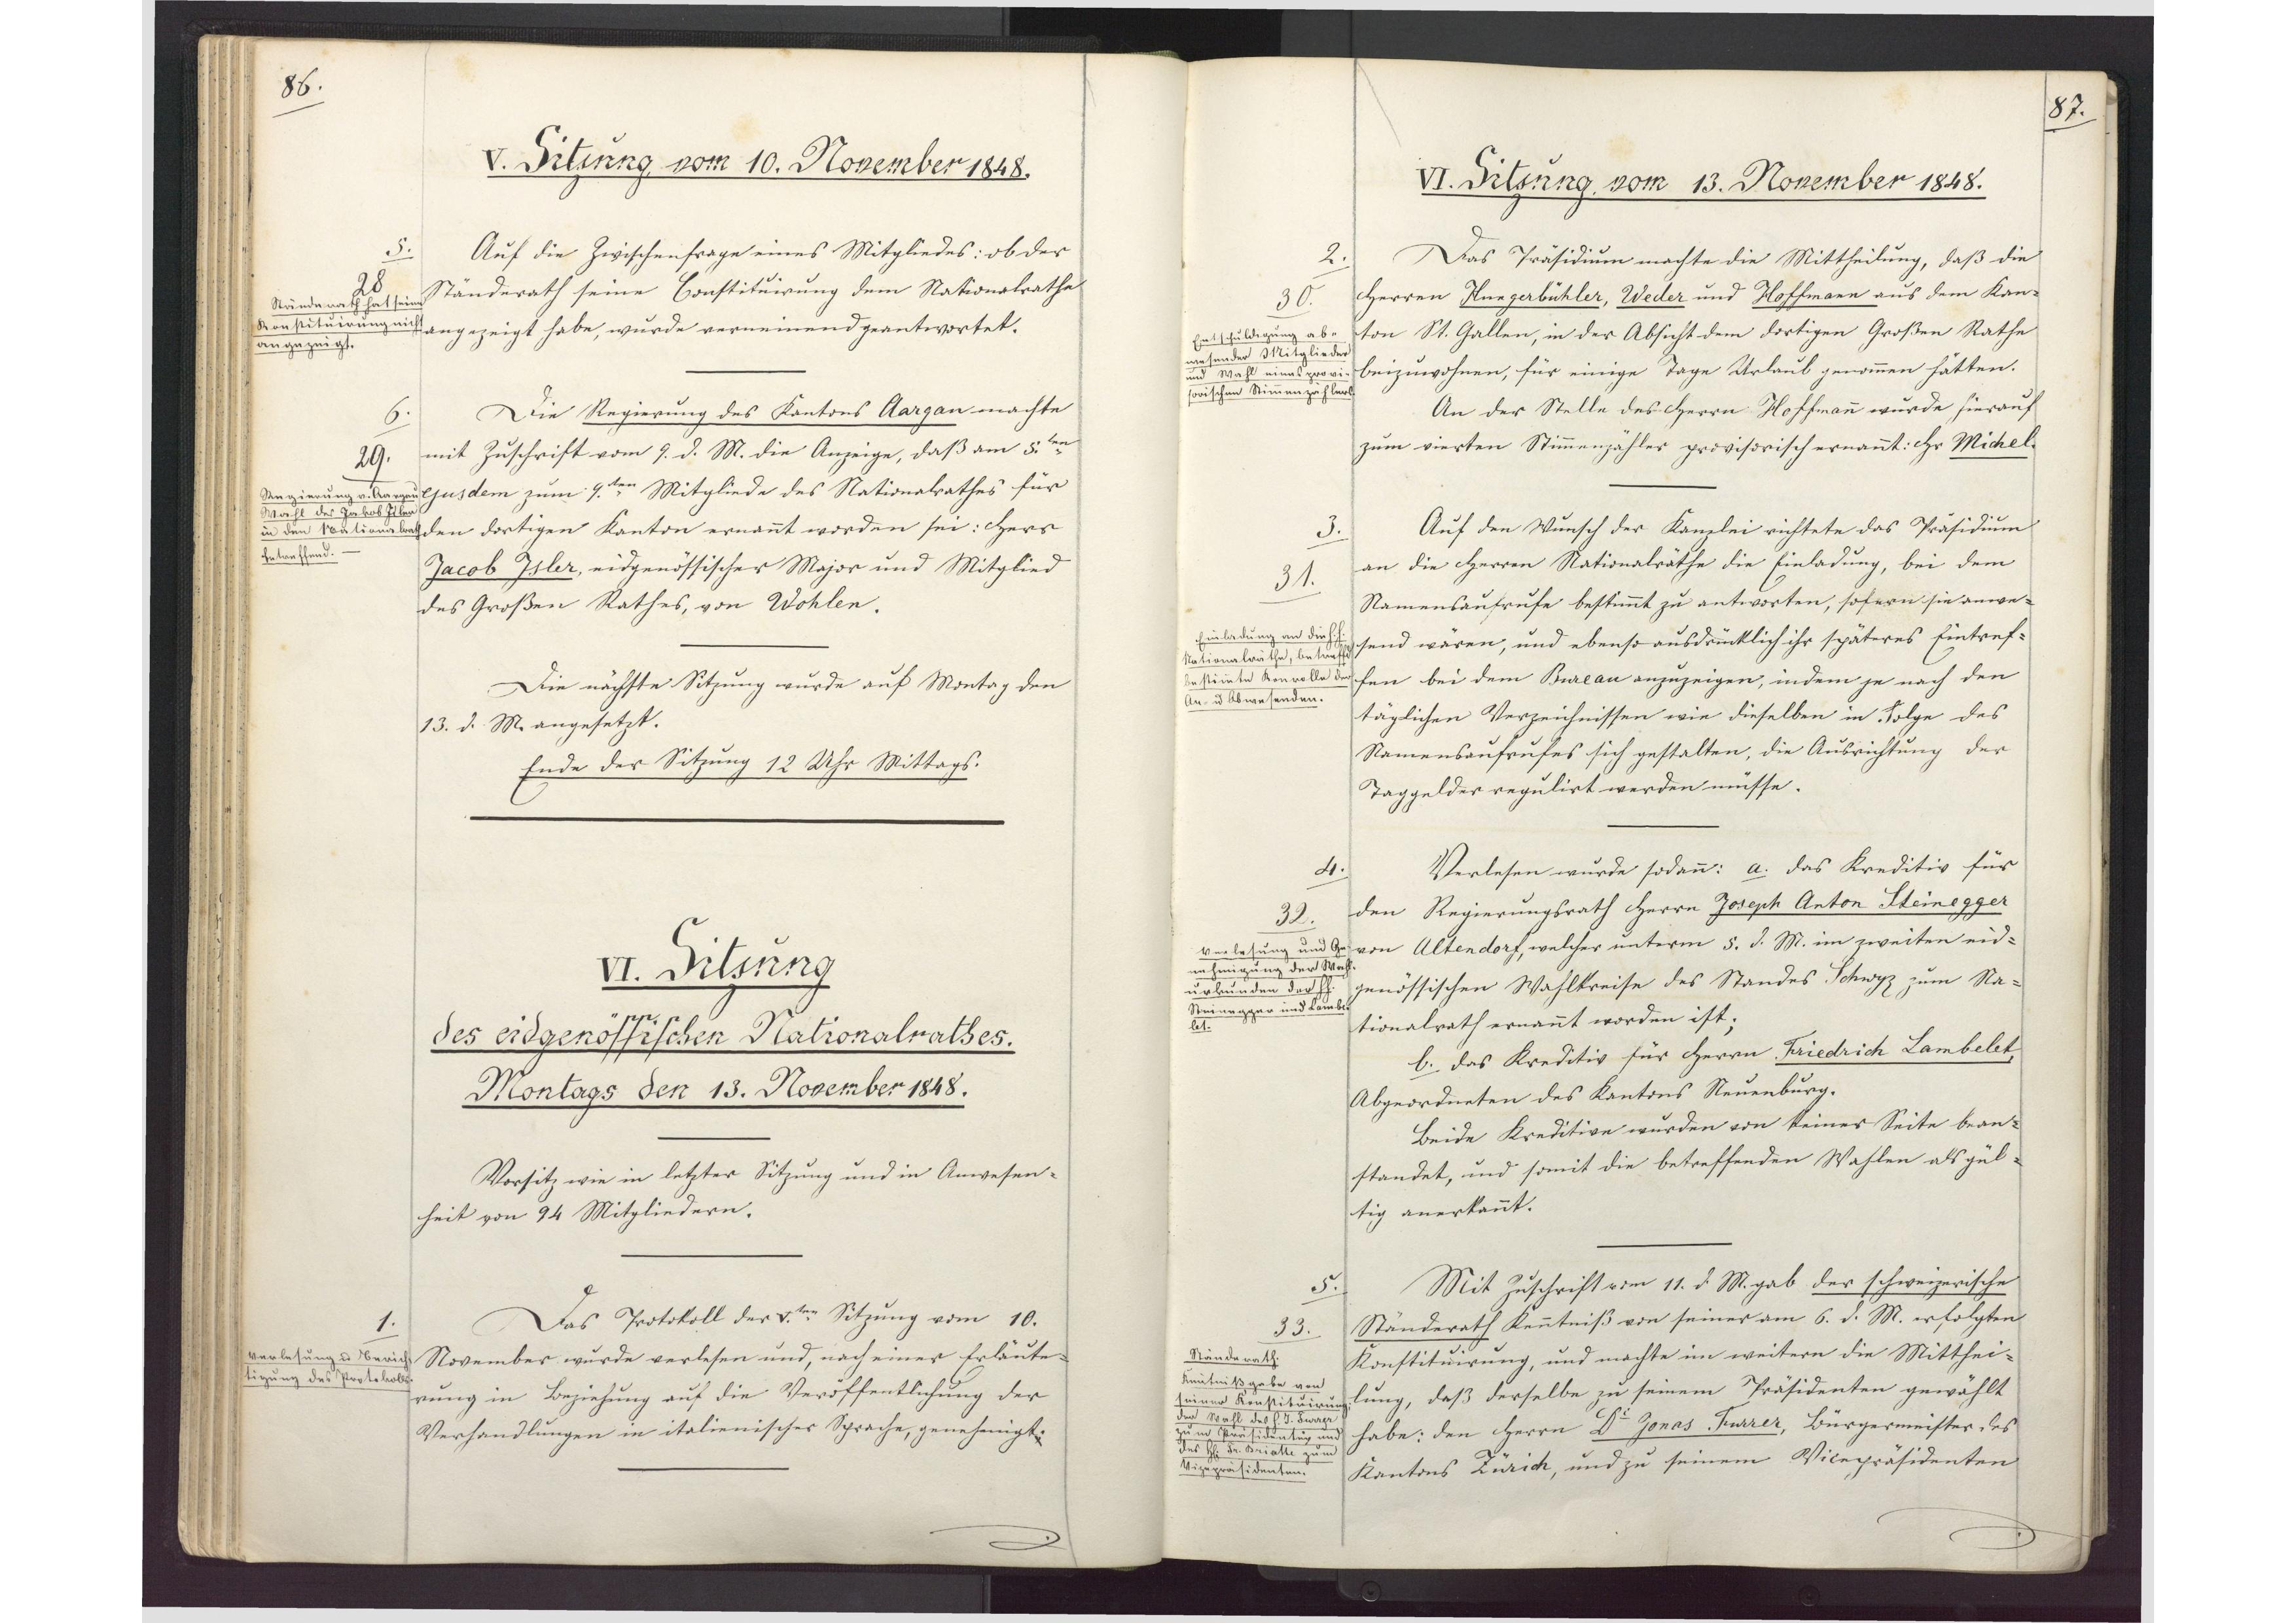
86.

VI. Sitzung
des eidgenössischen Nationalrathes.
Montags den 13. November 1848.

Vorsitz wie in letzter Sitzung und in Anwesen¬
heit von 94 Mitgliedern.
Das Protokoll der V.ten Sitzung vom 10.
November wurde verlesen und, nach einer Erläute¬
rung in Beziehung auf die Veröffentlichung der
Verhandlungen in italienischer Sprache, genehmigt.

1
Verlesung und Berich¬
tigung des Protokolls.

87.

VI. Sitzung, vom 13. November 1848.

Das Präsidium machte die Mittheilung, daß die
Herren Hungerbühler, Weder und Hoffmann aus dem Kan¬
ton St. Gallen, in der Absicht dem dortigen Großen Rathe
beizuwohnen, für einige Tage Urlaub genommen hätten.
An der Stelle des Herrn Hoffmann wurde hierauf
zum vierten Stimmenzähler provisorisch ernannt: Herr Michel.
Auf den Wunsch der Kanzlei richtete das Präsidium
an die Herren Nationalräthe die Einladung, bei dem
Namensaufrufe bestimmt zu antworten, sofern sie anwe¬
send wären, und ebenso ausdrücklich ihr späteres Eintref¬
fen bei dem Bureau anzuzeigen, indem je nach den
täglichen Verzeichnissen wie dieselben in Folge des
Namensaufrufes sich gestalten, die Ausrichtung der
Taggelder regulirt werden müssen.
Verlesen wurde sodann: a. das Kreditiv für
den Regierungsrath Herrn Joseph Anton Steinegger
von Altendorf, welcher unterm 5. d. M. im weiten eid¬
genössischen Wahlkreise des Standes Schwyz zum Na¬
tionalrath ernannt worden ist;
b. das Kreditiv für Herrn Friedrich Lambelet,
Abgeordneten des Kantons Neuenburg.
Beide Kreditive wurden von keiner Seite bean¬
standet, und somit die betreffenden Wahlen als gül¬
tig anerkannt.
Mit Zuschrift vom 11. d. M. gab der schweizerische
Ständerath Kenntniß von seiner am 6. d. M. erfolgten
Konstituirung, und machte im weitern die Mitthei¬
lung, daß derselbe zu seinem Präsidenten gewählt
habe: den Herrn Dr. Jonas Furrer, Bürgermeister, des
Kantons Zürich, und zu seinem Vicepräsidenten

2.
30.
Entschuldigung ab¬
wesende Mitglieder
und Wahl eines provi¬
sorischen Stimmenzählers.

3.
31.
Einladung an die Herren
Nationalräthe, betreffend
bestimmte Konrolle
An- und Abwesenden.

4.
32.
Verlesung und Ge¬
nehmigung der Wahl¬
urkunden der Herren
Steinegger und Lambe¬
let.

5.
33.
Ständerath.
Kenntnißgabe von
seiner Konstituirung,
der Wahl des Herrn J. Furrer
zum Präsidenten und
des Herrn Fr. Briatte zum
Vizepräsidenten.